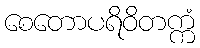
စေတောပရိဝိတက္ကံ